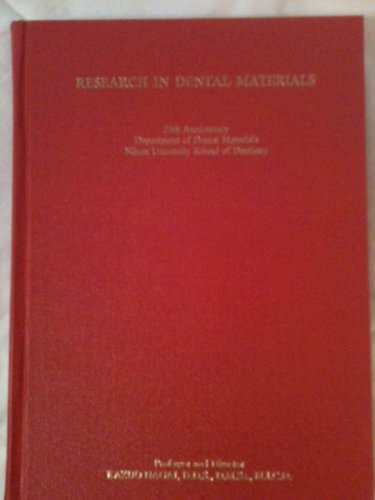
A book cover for Research in Dental Materials (25th Anniversary Department of Nihon University School of Dentistry); D.D.S., D.M.Sc.,M.I.C.D. Kazuo Nagai; Medical Books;